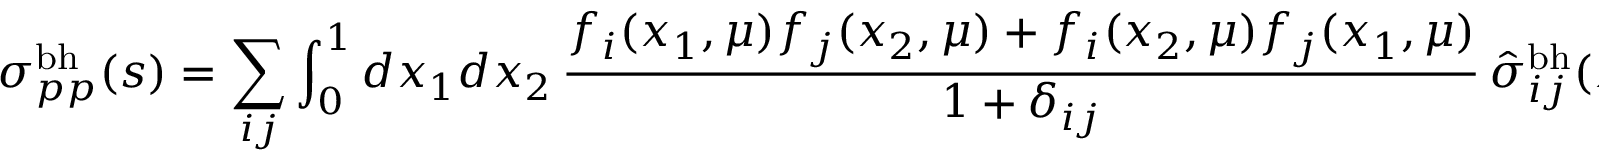
\sigma _ { p p } ^ { \mathrm { b h } } ( s ) = \sum _ { i j } \int _ { 0 } ^ { 1 } d x _ { 1 } d x _ { 2 } \, \frac { f _ { i } ( x _ { 1 } , \mu ) f _ { j } ( x _ { 2 } , \mu ) + f _ { i } ( x _ { 2 } , \mu ) f _ { j } ( x _ { 1 } , \mu ) } { 1 + \delta _ { i j } } \, \hat { \sigma } _ { i j } ^ { \mathrm { b h } } ( x _ { 1 } x _ { 2 } s ) \, ,